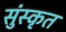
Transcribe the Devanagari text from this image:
सुंस्कृत